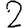
Digit: 2